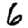
Digit: 6